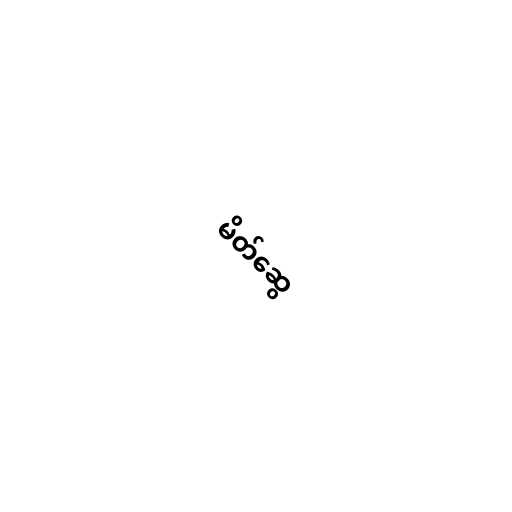
မိတ်ဆွေ